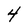
Character: 4